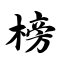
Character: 榜